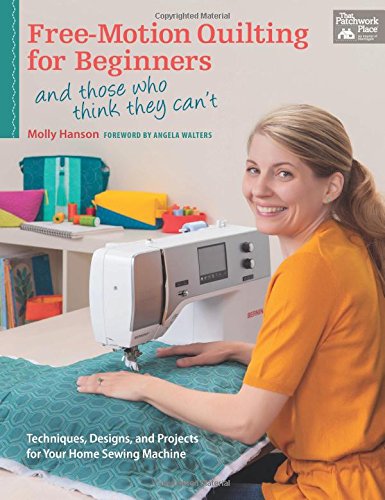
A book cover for Free-Motion Quilting for Beginners: (and those who think they can't); Molly Hanson; Crafts, Hobbies & Home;